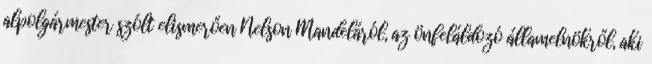
alpolgármester szólt elismerően Nelson Mandeláról, az önfeláldozó államelnökről, aki